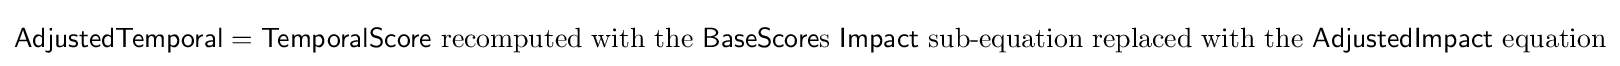
{\textsf {AdjustedTemporal}}={\textsf {TemporalScore}}{\text{ recomputed with the }}{\textsf {BaseScore}}{\text{s }}{\textsf {Impact}}{\text{ sub-equation replaced with the }}{\textsf {AdjustedImpact}}{\text{ equation}}